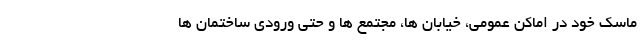
ماسک خود در اماکن عمومی، خیابان ها، مجتمع ها و حتی ورودی ساختمان ها